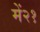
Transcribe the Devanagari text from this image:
में२१